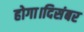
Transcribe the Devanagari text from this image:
होगा।दिसंबर